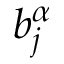
b _ { j } ^ { \alpha }